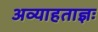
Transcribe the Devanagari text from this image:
अव्याहताज्ञः